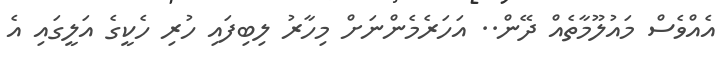
އެއްވެސް މައުލޫމާތެއް ދޭން.. އަހަރެމެންނަށް މިހާރު ލިބިފައި ހުރި ހެކީގެ އަލީގައި އެ